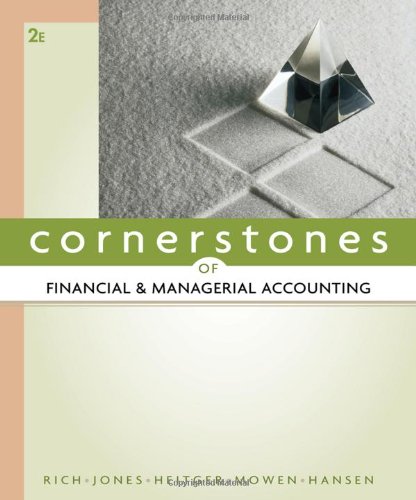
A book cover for Cornerstones of Financial and Managerial Accounting; Jay Rich; Business & Money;